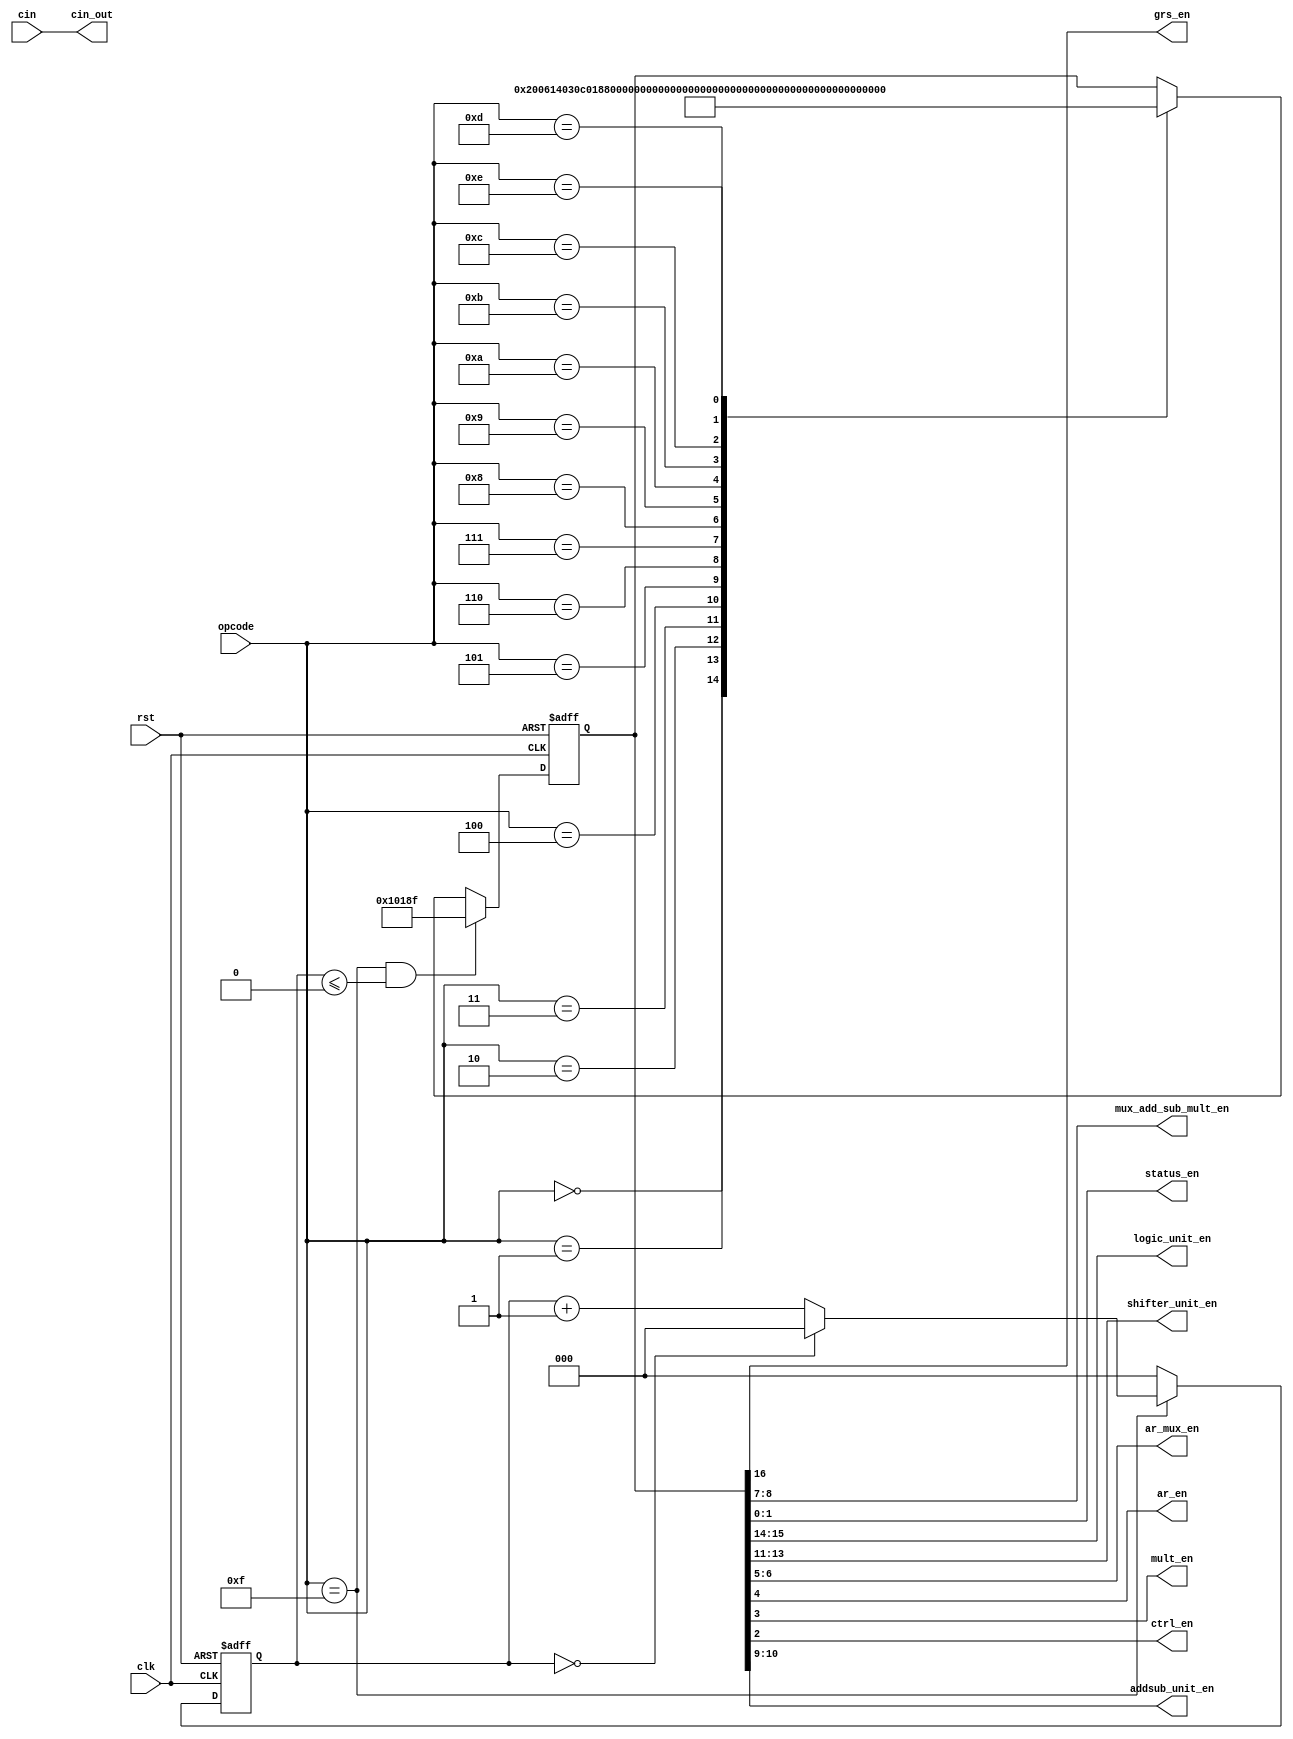
module data_control_unit(
input clk,
input rst,
input cin,
input[3:0] opcode,
//output[16:0] out_en,
output grs_en,//ƼĴ
output[1:0] mux_add_sub_mult_en,//Ƽӷ룬11ʾг˷㣬00ʾмӼ
output[1:0] status_en,//״̬Ĵ00ʾ߼㣬01ʾλ㣬10ʾ㣬11ʾ˷
output[1:0] logic_unit_en,//00ʾ߼룬01ʾ߼10ʾ߼ǣ11ʾ߼
output[2:0] shifter_unit_en,//001ʾx߼ƣ010X߼ƣ011x,101,110,111
output[1:0] ar_mux_en,//01ѡ߼10ѡλ11ѡ
output ar_en,//ƽĴ
output mult_en,//Ƴ˷Ĵ
output ctrl_en,//Ƴ˷Ŀʼ
output[1:0] addsub_unit_en,//ź
output cin_out
);
assign cin_out=cin;
reg[16:0] out_en;
//reg[16:0] out_en={grs_en,mux_add_sub_mult_en,status_en,logic_unit_en,shifter_unit_en,ar_mux_en,ar_en,mult_en,ctrl_en,addsub_unit_en};
assign {grs_en,logic_unit_en,shifter_unit_en,addsub_unit_en,mux_add_sub_mult_en,ar_mux_en,ar_en,mult_en,ctrl_en,status_en}=out_en;
always@(posedge clk or negedge rst)
	if(!rst)
		begin
			out_en<=17'b0_00_000_00_00_00_0_0_0_00;
		end
	else if(opcode==4'b1111 && cnt_clk<=3'd8)//˷
			out_en<=	17'b1_00_000_00_11_00_0_1_1_11;	
	else		
		case(opcode)
			4'b0000://κβ
				out_en<=17'b0_00_000_00_00_00_0_0_0_00;
			4'b0001://߼
				out_en<=17'b1_00_000_00_00_01_1_0_0_00;
			4'b0010://߼
				out_en<=17'b1_01_000_00_00_01_1_0_0_00;
			4'b0011://߼
				out_en<=17'b1_10_000_00_00_01_1_0_0_00;
			4'b0100://߼
				out_en<=17'b1_11_000_00_00_01_1_0_0_00;
			4'b0101://x߼
				out_en<=17'b1_00_001_00_00_10_1_0_0_01;
			4'b0110://x߼
				out_en<=17'b1_00_010_00_00_10_1_0_0_01;
			4'b0111://x
				out_en<=17'b1_00_011_00_00_10_1_0_0_01;
			4'b1000://y߼
				out_en<=17'b1_00_101_00_00_10_1_0_0_01;
			4'b1001://y߼
				out_en<=17'b1_00_110_00_00_10_1_0_0_01;
			4'b1010://y
				out_en<=17'b1_00_111_00_00_10_1_0_0_01;
			4'b1011://
				out_en<=17'b1_00_000_00_00_11_1_0_0_10;
			4'b1100://
				out_en<=17'b1_00_000_10_00_11_1_0_0_10;
			4'b1101://λ
				out_en<=17'b1_00_000_01_00_11_1_0_0_10;
			4'b1110://λ
				out_en<=17'b1_00_000_11_00_11_1_0_0_10;
		endcase
reg[2:0] cnt_clk;
always@(posedge clk or negedge rst)
	begin
		if(!rst)
			cnt_clk<=3'd0;
		else if(opcode==4'b1111)
			if(cnt_clk==3'd8)
				cnt_clk<=3'd0;
			else
				cnt_clk<=cnt_clk+1'b1;
		else
			cnt_clk<=3'd0;
	end

endmodule